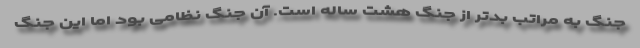
جنگ به مراتب بدتر از جنگ هشت ساله است. آن جنگ نظامی بود اما این جنگ